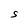
Character: S